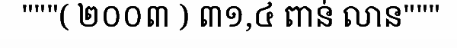
"""( ២០០៣ ) ៣១,៤ ពាន់ លាន"""